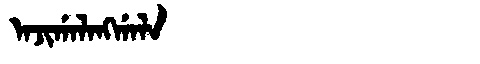
Manchu: ᠠᠵᡳᡤᠠᠯᠠᠩᡤᠠᠯᠠ
Romanization: AJIGALANGGALA